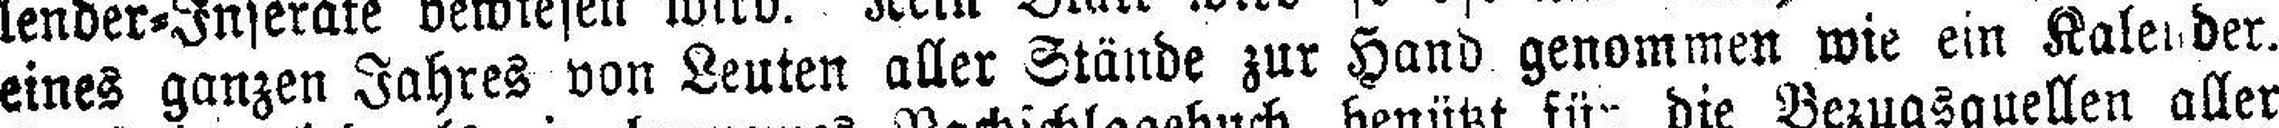
eines ganzen Jahres von Leuten aller Stände zur Hand genommen wie ein Kalender.